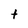
Character: t